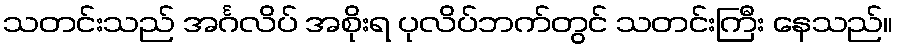
သတင်းသည် အင်္ဂလိပ် အစိုးရ ပုလိပ်ဘက်တွင် သတင်းကြီး နေသည်။